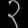
Digit: ၃